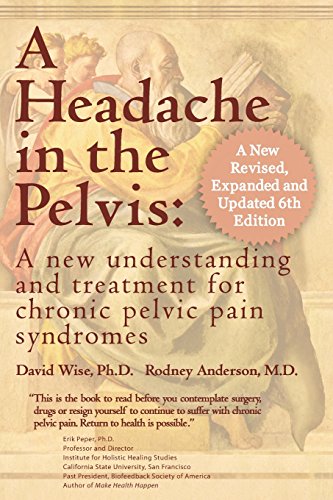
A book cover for A Headache in the Pelvis, a New, Revised, Expanded and Updated 6th Edition: A New Understanding and Treatment for Chronic Pelvic Pain Syndromes; David Wise; Health, Fitness & Dieting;